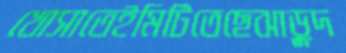
খোসাতেইমিটিতেছেঝাড়ুদ